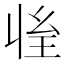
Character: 𰏱